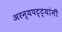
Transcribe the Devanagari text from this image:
अरन्यपट्ट्यांनी